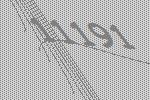
11191